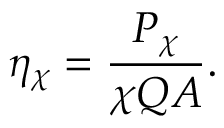
\quad \eta _ { \chi } = { \frac { P _ { \chi } } { \chi Q A } } .